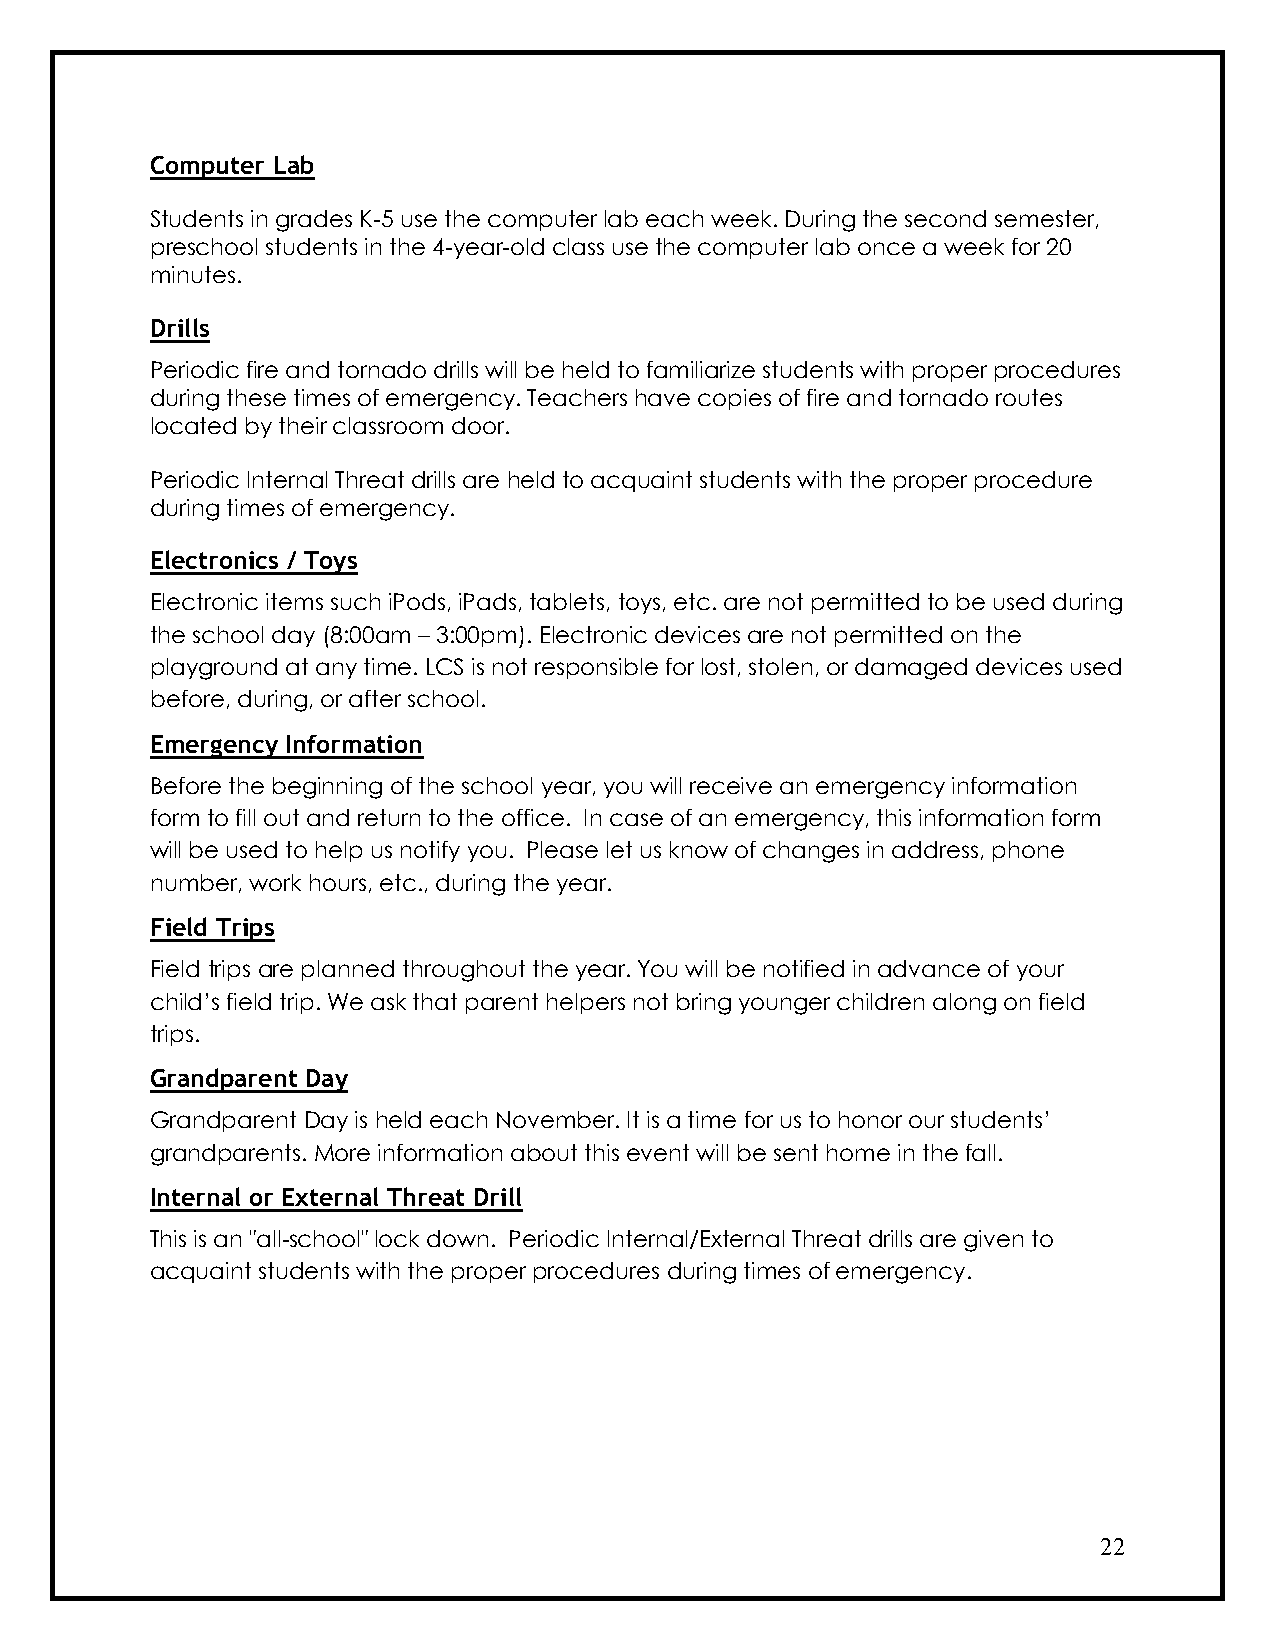
Computer Lab
 Students in grades K-5 use the computer lab each week. During the second semester,
 preschool students in the 4-year-old class use the computer lab once a week for 20
 minutes.
 Drills
 Periodic fire and tornado drills will be held to familiarize students with proper procedures
 during these times of emergency. Teachers have copies of fire and tornado routes
 located by their classroom door.
 Periodic Internal Threat drills are held to acquaint students with the proper procedure
 during times of emergency.
 Electronics / Toys
 Electronic items such iPods, iPads, tablets, toys, etc. are not permitted to be used during
 the school day (8:00am – 3:00pm). Electronic devices are not permitted on the
 playground at any time. LCS is not responsible for lost, stolen, or damaged devices used
 before, during, or after school.
 Emergency Information
 Before the beginning of the school year, you will receive an emergency information
 form to fill out and return to the office. In case of an emergency, this information form
 will be used to help us notify you. Please let us know of changes in address, phone
 number, work hours, etc., during the year.
 Field Trips
 Field trips are planned throughout the year. You will be notified in advance of your
 child’s field trip. We ask that parent helpers not bring younger children along on field
 trips.
 Grandparent Day
 Grandparent Day is held each November. It is a time for us to honor our students’
 grandparents. More information about this event will be sent home in the fall.
 Internal or External Threat Drill
 This is an "all-school" lock down. Periodic Internal/External Threat drills are given to
 acquaint students with the proper procedures during times of emergency.
 22